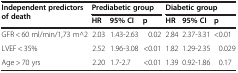
| <ROWSPAN=2> Independent predictors of death | <COLSPAN=3> Prediabetic group | <COLSPAN=3> Diabetic group |
 | HR | 95% CI | p | HR | 95%CI | p |
 | --- | --- | --- | --- | --- | --- | --- |
 | GFR < 60 ml/min/1,73 m^2 | 2.03 | 1.43-2.63 | 0.02 | 2.84 | 2.37-3.31 | <0.01 |
 | LVEF < 35% | 2.52 | 1.96-3.08 | <0.01 | 1.82 | 1.29-2.35 | 0.029 |
 | Age > 70 yrs | 2.20 | 1.7-2.7 | <0.01 | 1.39 | 0.92-1.86 | 0.17 |